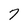
Character: 7